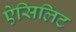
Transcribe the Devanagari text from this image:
ऐसिलिट